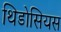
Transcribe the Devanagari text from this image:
थिडोसियस